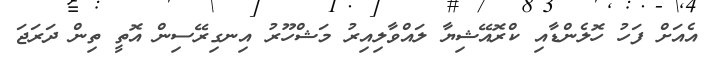
އެއަށް ފަހު ހޮލެންޑާއި ކްރޮއޭޝިޔާ ލައްވާލިއިރު މަޝްހޫރު އިނގިރޭސިން އޮތީ ތިން ދަރަޖަ